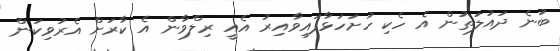
ބުނެ ދައުލަތުން އެ ހެކި ހުށަހަޅާފައިވާއިރު އެއީ ރިލްވާން އެ ކާރަށް އެރުވިކަން